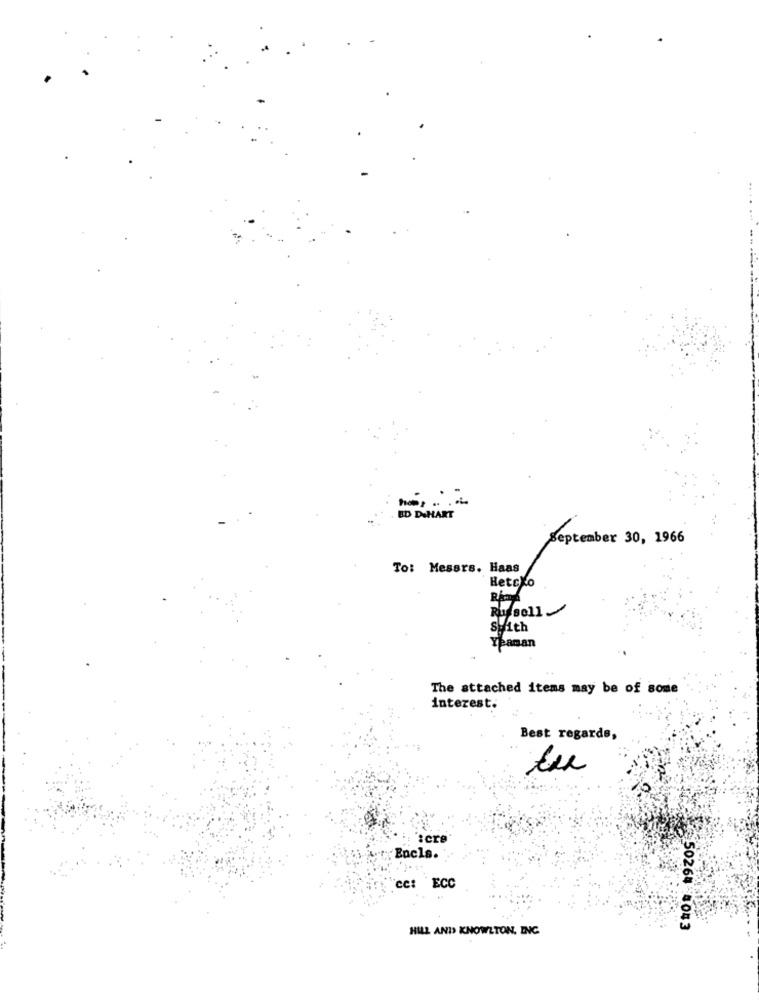
BD DAHART
September 30, 1966
To: Messrs. Haas
Hetcko
Russell
SWith
Ypaman
The attached items may be of some
interest.
Best regards,
:cre
Encls.
cc: ECC
HILL AND KNOWLTON, INC.
50264 8043